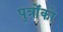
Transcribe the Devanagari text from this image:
पुत्राेंकाे